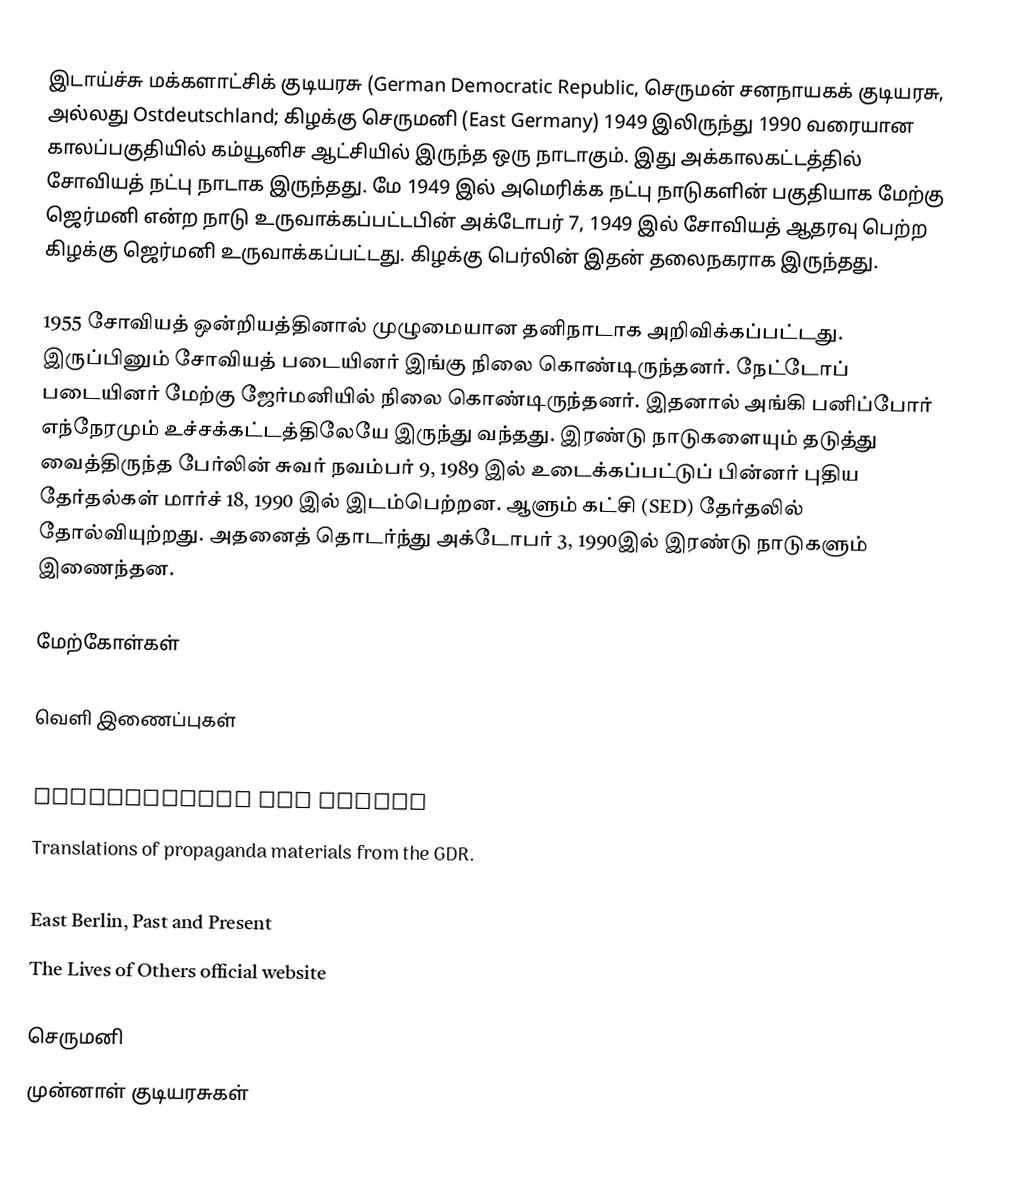
இடாய்ச்சு மக்களாட்சிக் குடியரசு (German Democratic Republic, செருமன் சனநாயகக் குடியரசு,  அல்லது Ostdeutschland; கிழக்கு செருமனி (East Germany) 1949 இலிருந்து 1990 வரையான காலப்பகுதியில் கம்யூனிச ஆட்சியில் இருந்த ஒரு நாடாகும். இது அக்காலகட்டத்தில் சோவியத் நட்பு நாடாக இருந்தது. மே 1949 இல் அமெரிக்க நட்பு நாடுகளின் பகுதியாக மேற்கு ஜெர்மனி என்ற நாடு உருவாக்கப்பட்டபின் அக்டோபர் 7, 1949 இல் சோவியத் ஆதரவு பெற்ற கிழக்கு ஜெர்மனி உருவாக்கப்பட்டது. கிழக்கு பெர்லின் இதன் தலைநகராக இருந்தது.

1955 சோவியத் ஒன்றியத்தினால் முழுமையான தனிநாடாக அறிவிக்கப்பட்டது. இருப்பினும் சோவியத் படையினர் இங்கு நிலை கொண்டிருந்தனர். நேட்டோப் படையினர் மேற்கு ஜேர்மனியில் நிலை கொண்டிருந்தனர். இதனால் அங்கி பனிப்போர் எந்நேரமும் உச்சக்கட்டத்திலேயே இருந்து வந்தது. இரண்டு நாடுகளையும் தடுத்து வைத்திருந்த பேர்லின் சுவர் நவம்பர் 9, 1989 இல் உடைக்கப்பட்டுப் பின்னர் புதிய தேர்தல்கள் மார்ச் 18, 1990 இல் இடம்பெற்றன. ஆளும் கட்சி (SED) தேர்தலில் தோல்வியுற்றது. அதனைத் தொடர்ந்து அக்டோபர் 3, 1990இல் இரண்டு நாடுகளும் இணைந்தன.

மேற்கோள்கள்

வெளி இணைப்புகள்
 AHF - Nationale Volksarmee (NVA)
  Auferstanden aus Ruinen
 Translations of propaganda materials from the GDR.
 DDR Museum Berlin - Culture of the GDR
 East Berlin, Past and Present
 The Lives of Others official website

செருமனி
முன்னாள் குடியரசுகள்